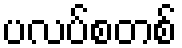
ပလပ်စတစ်